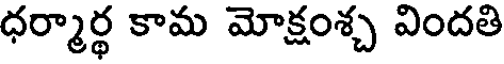
ధర్మార్థ కామ మోక్షంశ్చ విందతి